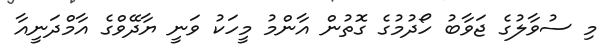
މި ސުވާލުގެ ޖަވާބު ހޯދުމުގެ ގޮތުން އާންމު މީހަކު ވަނީ ޔާދޭވްގެ އާމްދަނީއާ